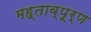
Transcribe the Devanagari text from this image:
मह्ताव्पूर्ण